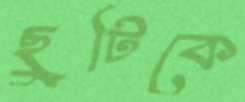
ছুটিকে